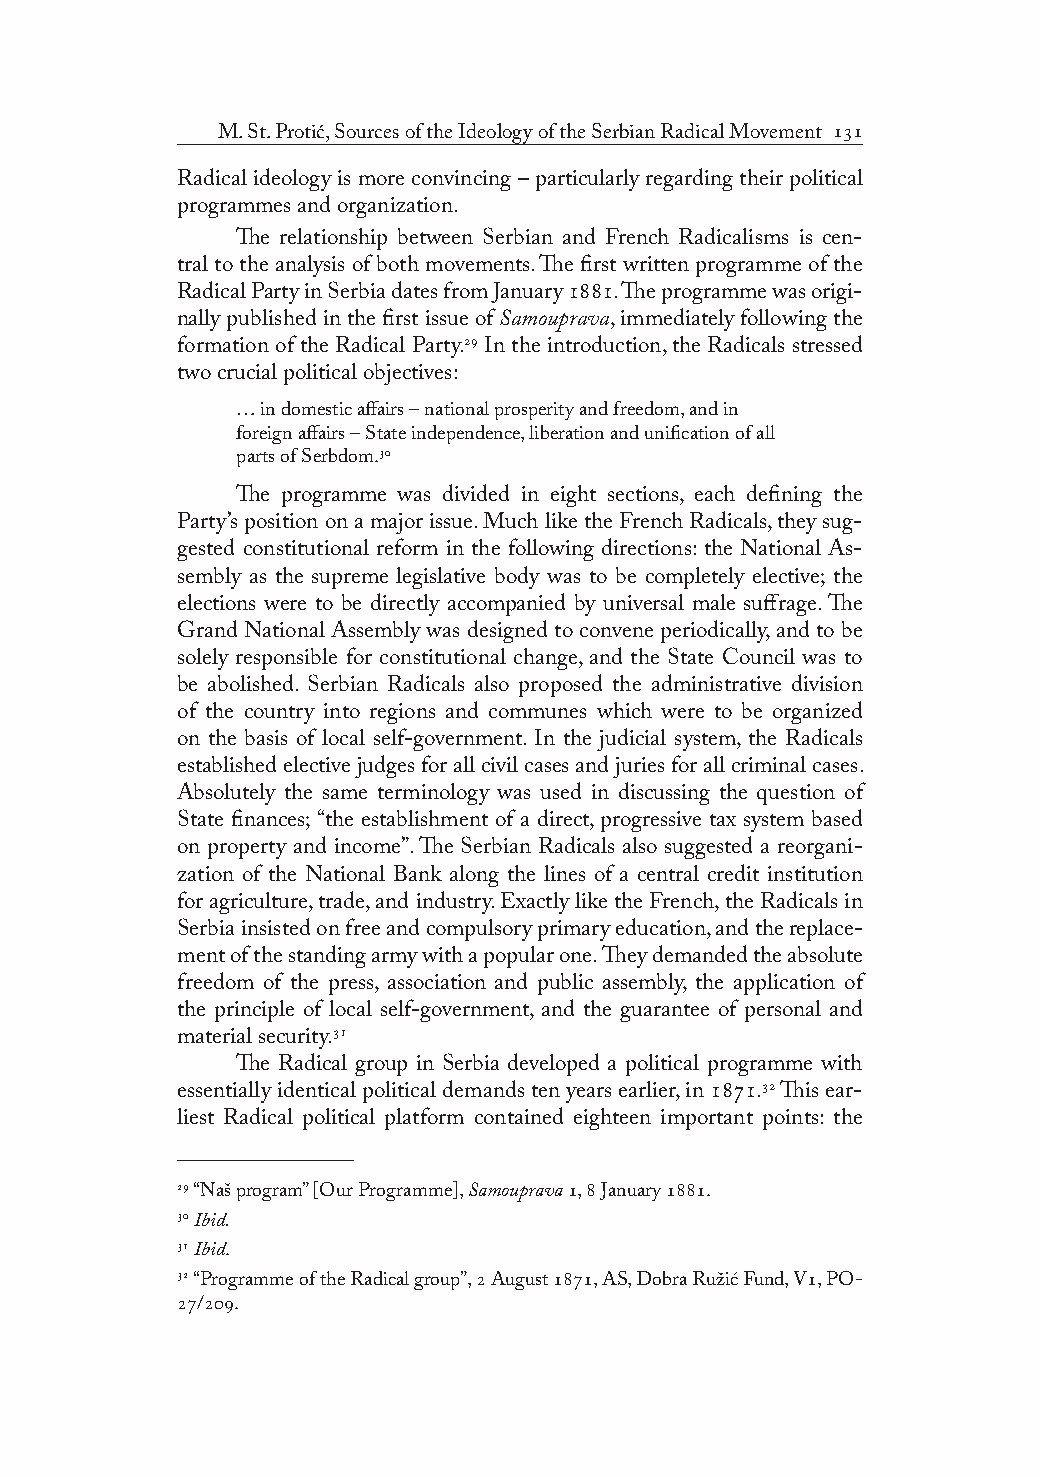
M. St. Protić, Sources of the Ideology of the Serbian Radical Movement 
 Radical ideology is more convincing – particularly regarding their political
 programmes and organization.
 The relationship between Serbian and French Radicalisms is cen-
 tral to the analysis of both movements. The first written programme of the
 Radical Party in Serbia dates from January . The programme was origi-
 nally published in the first issue of Samouprava, immediately following the
 formation of the Radical Party. In the introduction, the Radicals stressed
 two crucial political objectives:
 … in domestic affairs – national prosperity and freedom, and in
 foreign affairs – State independence, liberation and unification of all
 parts of Serbdom.
 The programme was divided in eight sections, each defining the
 Party’s position on a major issue. Much like the French Radicals, they sug-
 gested constitutional reform in the following directions: the National As-
 sembly as the supreme legislative body was to be completely elective; the
 elections were to be directly accompanied by universal male suffrage. The
 Grand National Assembly was designed to convene periodically, and to be
 solely responsible for constitutional change, and the State Council was to
 be abolished. Serbian Radicals also proposed the administrative division
 of the country into regions and communes which were to be organized
 on the basis of local self-government. In the judicial system, the Radicals
 established elective judges for all civil cases and juries for all criminal cases.
 Absolutely the same terminology was used in discussing the question of
 State finances; “the establishment of a direct, progressive tax system based
 on property and income”. The Serbian Radicals also suggested a reorgani-
 zation of the National Bank along the lines of a central credit institution
 for agriculture, trade, and industry. Exactly like the French, the Radicals in
 Serbia insisted on free and compulsory primary education, and the replace-
 ment of the standing army with a popular one. They demanded the absolute
 freedom of the press, association and public assembly, the application of
 the principle of local self-government, and the guarantee of personal and
 material security.
 The Radical group in Serbia developed a political programme with
 essentially identical political demands ten years earlier, in . This ear-
 liest Radical political platform contained eighteen important points: the
  “Naš program” [Our Programme], Samouprava ,  January .
  Ibid.
  Ibid.
  “Programme of the Radical group”,  August , AS, Dobra Ružić Fund, V, PO-
 /.